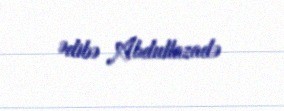
Ədibə Abdullazadə